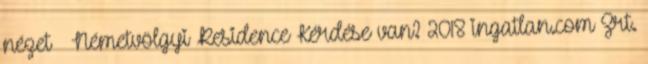
nézet ❯ Németvölgyi Residence Kérdése van? 2018 ingatlan.com Zrt.